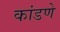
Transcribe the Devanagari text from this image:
कांडणे